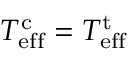
T _ { \mathrm { e f f } } ^ { \mathrm { c } } = T _ { \mathrm { e f f } } ^ { \mathrm { t } }